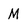
Character: M